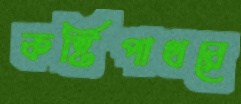
কষ্টিপাথরে